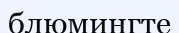
блюмингте